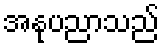
အနုပညာသည်